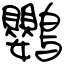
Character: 鸚